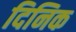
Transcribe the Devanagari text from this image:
दिनिक